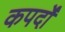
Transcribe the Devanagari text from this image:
कपर्दों